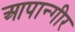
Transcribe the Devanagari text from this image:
आपान्गीर